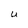
Character: U